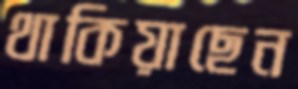
থাকিয়াছেন